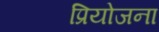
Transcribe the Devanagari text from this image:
प्रियोजना